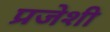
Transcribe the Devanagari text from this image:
प्रजेशी